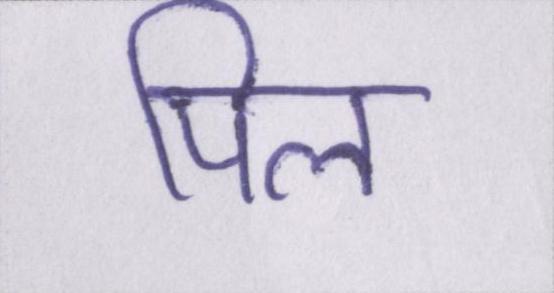
पिल